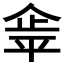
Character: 𰂝